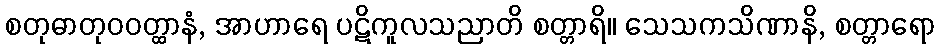
စတုဓာတုဝဝတ္ထာနံ, အာဟာရေ ပဋိကူလသညာတိ စတ္တာရိ။ သေသကသိဏာနိ, စတ္တာရော